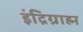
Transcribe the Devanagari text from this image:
इंद्रिग्राह्म